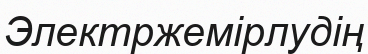
Электржемірлудің